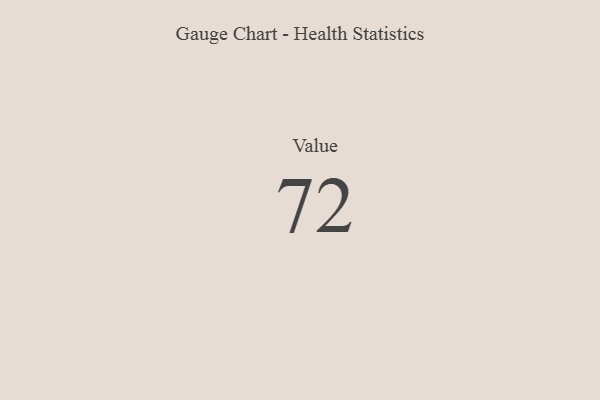
{"axis": {"x": "Metric", "y": "Value"}, "legend": [""], "data": [{"x": "Value", "y": 72, "type": ""}]}